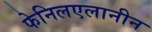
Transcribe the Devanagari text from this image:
फेनिलएलानीन